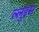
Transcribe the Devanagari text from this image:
ल्लुइस